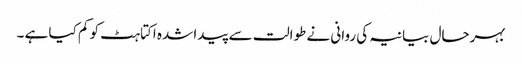
بہرحال بیانیہ کی روانی نے طوالت سے پیدا شدہ اکتاہٹ کو کم کیا ہے ۔